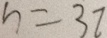
n = 3 7